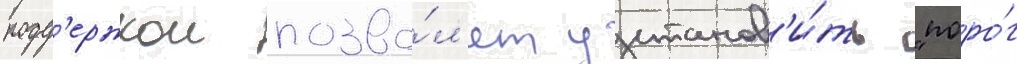
подд'ержкои позво́л'ят установ'и́ть "поро́г